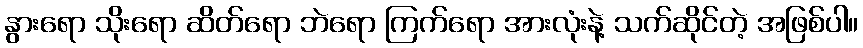
နွားရော သိုးရော ဆိတ်ရော ဘဲရော ကြက်ရော အားလုံးနဲ့ သက်ဆိုင်တဲ့ အဖြစ်ပါ။